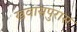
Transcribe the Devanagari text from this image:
खवासपुरास